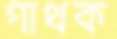
গাথক